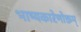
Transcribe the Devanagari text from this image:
भाष्यकारेणोक्तम्